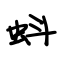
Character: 蚪